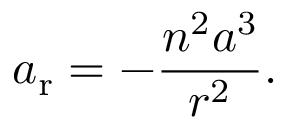
a _ { \mathrm { r } } = - { \frac { n ^ { 2 } a ^ { 3 } } { r ^ { 2 } } } .